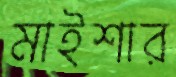
মাইশার